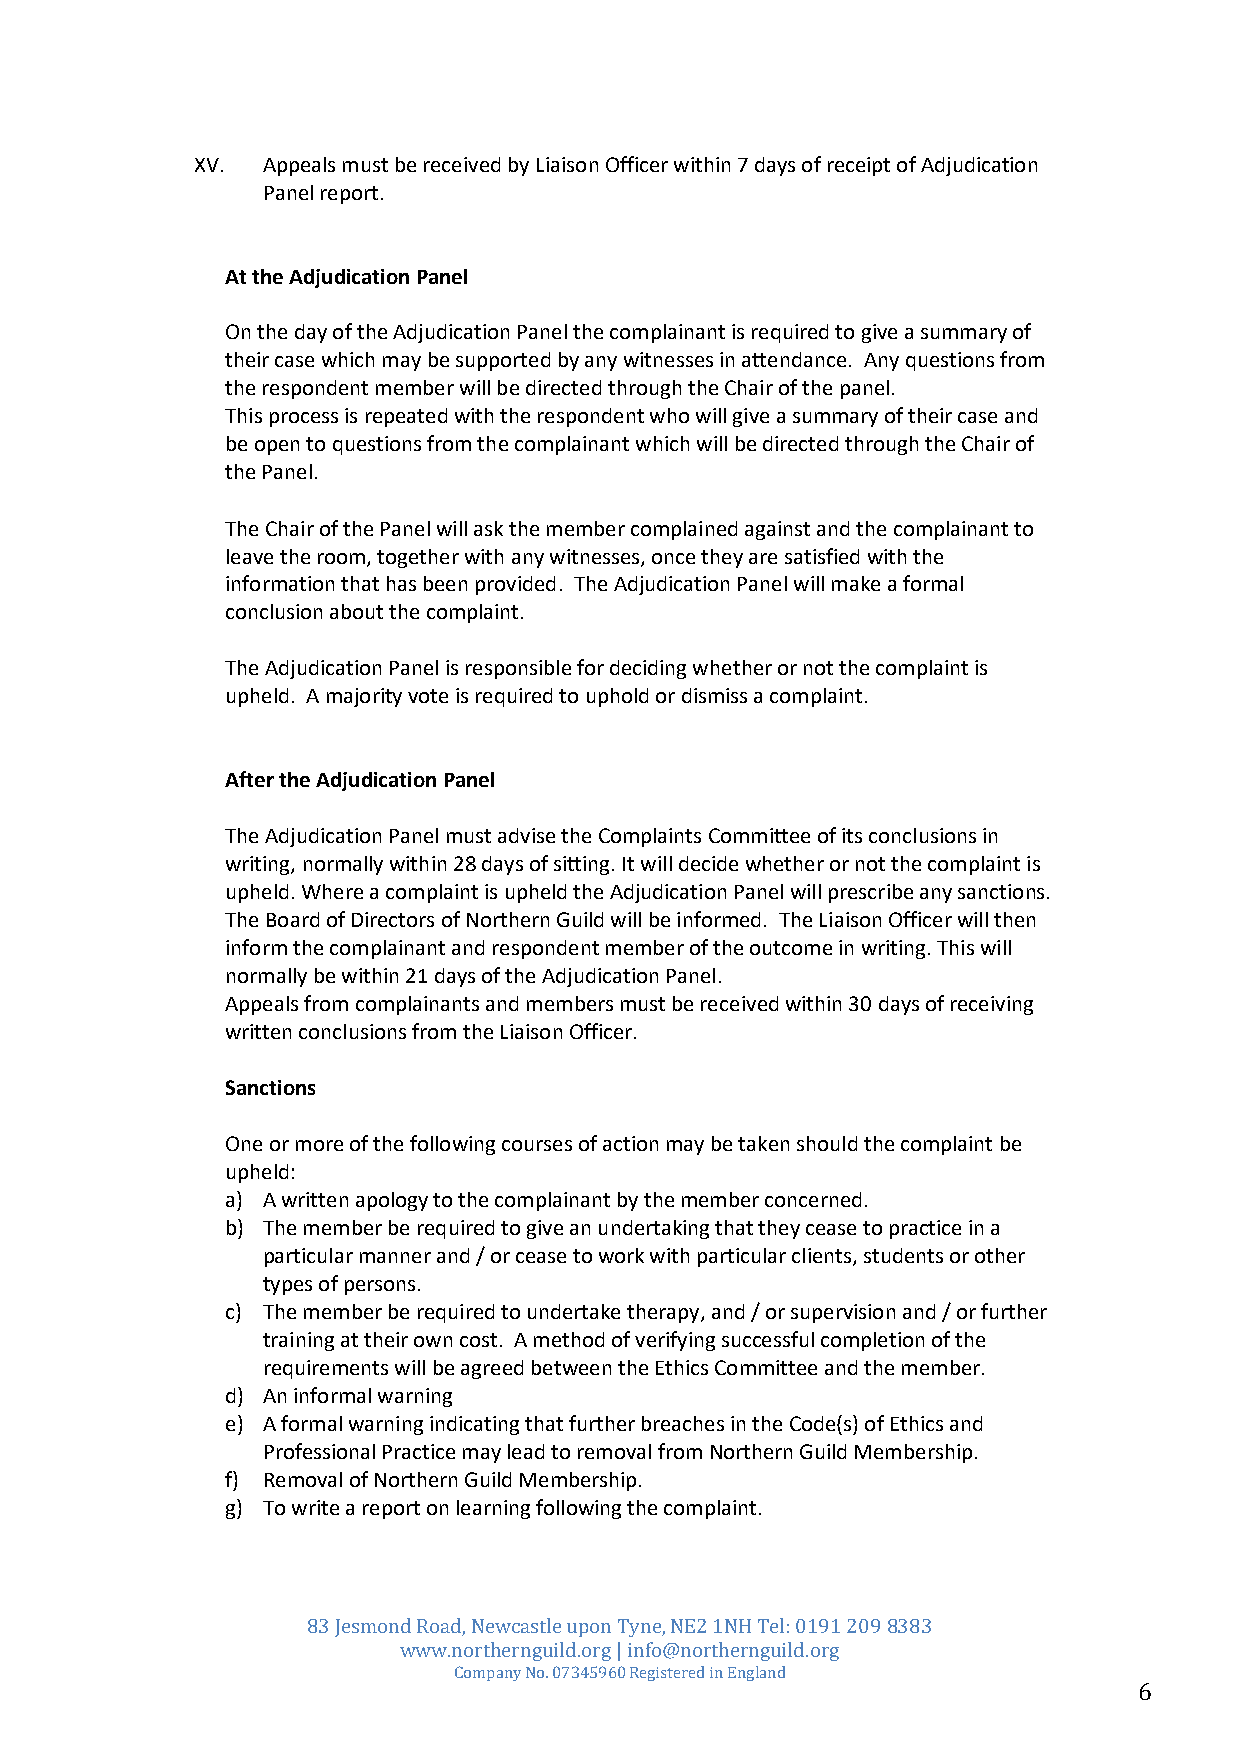
XV. Appeals must be received by Liaison Officer within 7 days of receipt of Adjudication
 Panel report.
 At the Adjudication Panel
 On the day of the Adjudication Panel the complainant is required to give a summary of
 their case which may be supported by any witnesses in attendance. Any questions from
 the respondent member will be directed through the Chair of the panel.
 This process is repeated with the respondent who will give a summary of their case and
 be open to questions from the complainant which will be directed through the Chair of
 the Panel.
 The Chair of the Panel will ask the member complained against and the complainant to
 leave the room, together with any witnesses, once they are satisfied with the
 information that has been provided. The Adjudication Panel will make a formal
 conclusion about the complaint.
 The Adjudication Panel is responsible for deciding whether or not the complaint is
 upheld. A majority vote is required to uphold or dismiss a complaint.
 After the Adjudication Panel
 The Adjudication Panel must advise the Complaints Committee of its conclusions in
 writing, normally within 28 days of sitting. It will decide whether or not the complaint is
 upheld. Where a complaint is upheld the Adjudication Panel will prescribe any sanctions.
 The Board of Directors of Northern Guild will be informed. The Liaison Officer will then
 inform the complainant and respondent member of the outcome in writing. This will
 normally be within 21 days of the Adjudication Panel.
 Appeals from complainants and members must be received within 30 days of receiving
 written conclusions from the Liaison Officer.
 Sanctions
 One or more of the following courses of action may be taken should the complaint be
 upheld:
 a) A written apology to the complainant by the member concerned.
 b) The member be required to give an undertaking that they cease to practice in a
 particular manner and / or cease to work with particular clients, students or other
 types of persons.
 c) The member be required to undertake therapy, and / or supervision and / or further
 training at their own cost. A method of verifying successful completion of the
 requirements will be agreed between the Ethics Committee and the member.
 d) An informal warning
 e) A formal warning indicating that further breaches in the Code(s) of Ethics and
 Professional Practice may lead to removal from Northern Guild Membership.
 f) Removal of Northern Guild Membership.
 g) To write a report on learning following the complaint.
 83 Jesmond Road, Newcastle upon Tyne, NE2 1NH Tel: 0191 209 8383
 www.northernguild.org | info@northernguild.org
 Company No. 07345960 Registered in England
 6